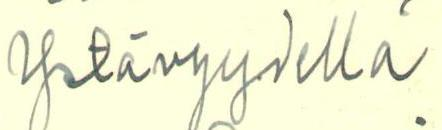
Ystävyydellä.